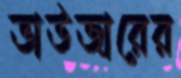
ভাউজারের